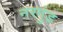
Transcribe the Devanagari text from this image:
नरगुंड